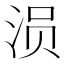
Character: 涢